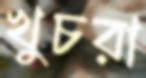
খুচরা